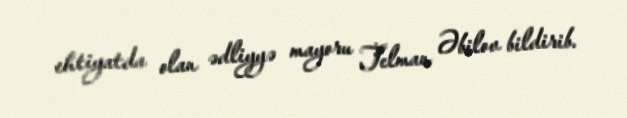
ehtiyatda olan ədliyyə mayoru Telman Əbilov bildirib.